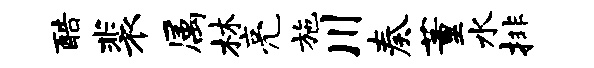
酷裴属林亮施川奏董水排